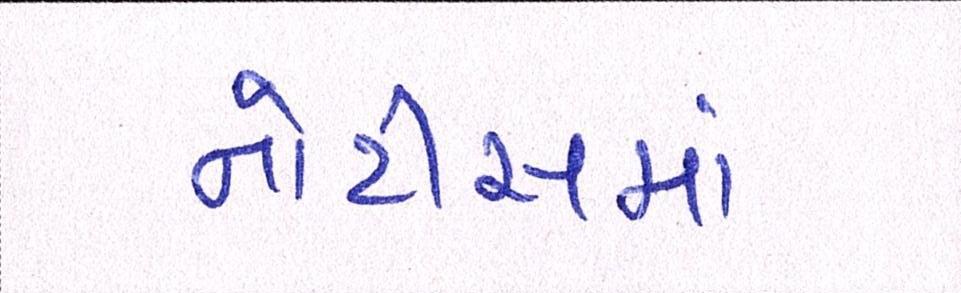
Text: નોટીસમાં